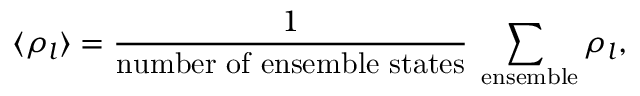
\langle \rho _ { l } \rangle = \frac { 1 } { \mathrm { n u m b e r ~ o f ~ e n s e m b l e ~ s t a t e s } } \sum _ { \mathrm { { \scriptsize ~ e n s e m b l e } } } \rho _ { l } ,